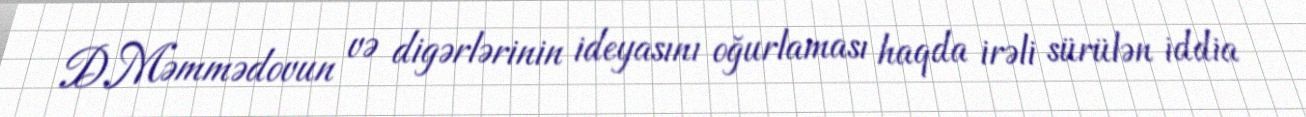
D.Məmmədovun və digərlərinin ideyasını oğurlaması haqda irəli sürülən iddia